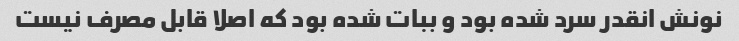
نونش انقدر سرد شده بود و ببات شده بود که اصلا قابل مصرف نیست